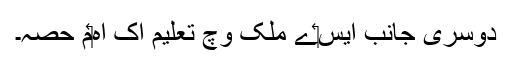
دوسری جانب ايس‏ے ملک وچ تعلیم اک اہ‏م حصہ۔